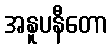
အနူပနီတော